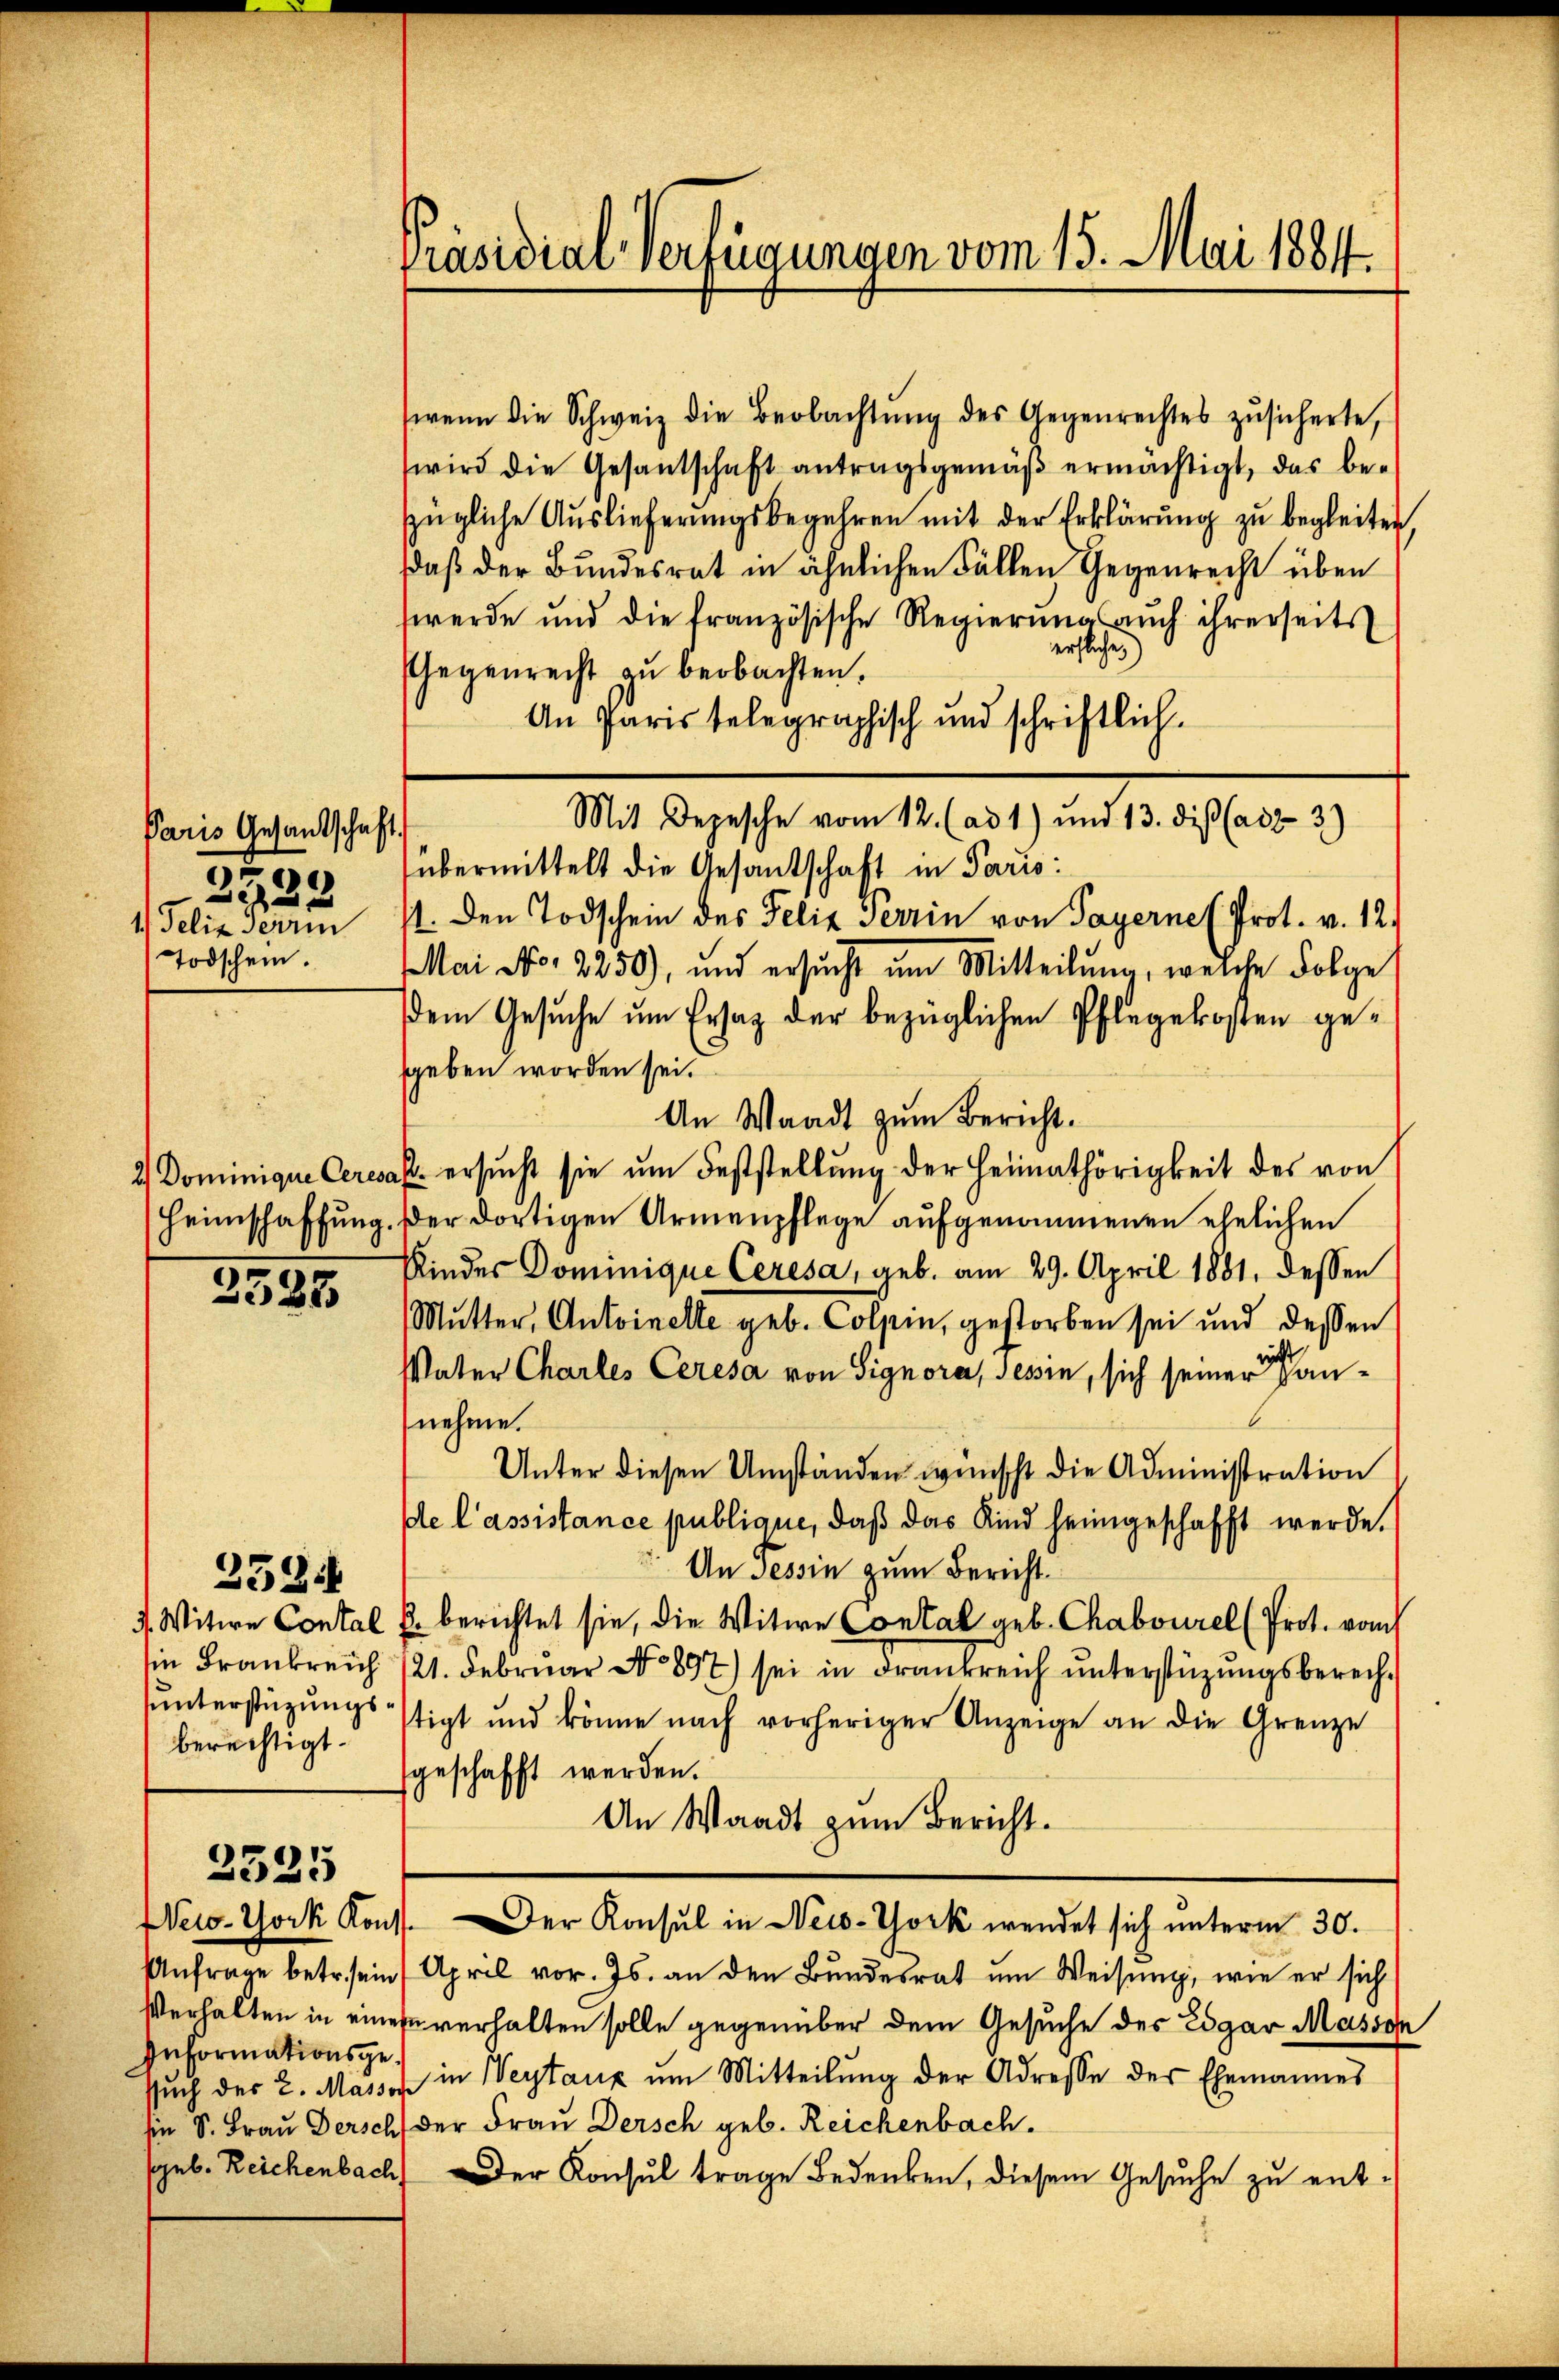
Paris Gesandtschaft.
38
222
Todschein.

2523

berechtigt.

2334

2325

Informationsge¬

wenn die Schweiz die Beobachtŭng des Gegenrechtes zŭsicherte,
wird die Gesantschaft antragsgemäß ermächtigt, das bezügliche Auslieferungsbegehren mit der Erklärung zu begleiten.
daß der Bundesrat in ähnlichen Fällen Gegenrecht über
werde und die französische Regierŭng auch ihrerseits
erflichen)
Gegenrecht zu beobachten.
An Paris telegraphisch und schriftlich¬
Mit Depesche vom 12. (ad 1) und 13. dieß (adz 3)
übermittelt die Gesantschaft in Paris:
1) Felix Seren 11. Den Todschein des Felix Terrin von Payerne Prot. v. 12.
Mai No 2250), und ersŭcht um Mitteilŭng, welche Folge
dem Gesuche um Ersatz der bezüglichen Pflegekosten gesgeben worden sei.
An Waadt zum Bericht.
2 Dominique Ceresass ersucht sie um Feststellung der Heimathörigkeit des von
Heimschaffung. Der dortigen Armenpflege aufgenommenen ehelichen
Kinder Dominique Ceresa, geb. am 29. April 1881, dessen
Mutter, Antoinelle geb. Colpin, gestorben sei und dessen
Vater Chartes Ceresa von Signora, Tessin, sich seiner annehme.
Unter diesen Umständen wünscht die Administration
ble l’assistance publique, daß das Kind heimgeschafft werde.
An Tessin zum Bericht.
7. Witwe Contal u. berichtet sie, die Witwe Contal geb. Chabourel (Prot. vom
in Frankreich 121. Februar No 897) sei in drankreich unterstüzungsberechunterstüzungsstigt und könne nach vorheriger Anzeige an die Grenze
geschafft werden.
An Waadt zum Bericht.
New-York Kons. Der Konsul in New-York wendet sich unterm 30.
Anfrage betr. sein April vor. Js. an den Bŭndesrat ŭm Weisŭng, wie er sich
Verhalten in einen verhalten solle gegenüber dem Gesuche des Edgar Masson
ssŭch des 2. Massen in Weytaux ŭm Mitteilŭng der Adresse der Ehemannes
sie S. Frau Derscht der Frau Dersch geb. Reichenbach.
seb. Reichenbach Der Konsul trage Bedenken, diesem Gesuche zu ent-

Präsidial-Verfügungen vom 15. Mai 1884.